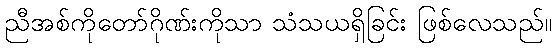
ညီအစ်ကိုတော်ဂိုဏ်းကိုသာ သံသယရှိခြင်း ဖြစ်လေသည်။